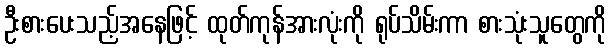
ဦးစားပေးသည့်အနေဖြင့် ထုတ်ကုန်အားလုံးကို ရုပ်သိမ်းကာ စားသုံးသူတွေကို